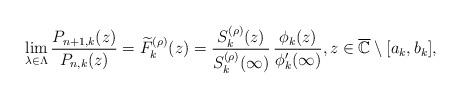
LaTeX: \begin{align*}\lim_{\lambda\in\Lambda}\frac{P_{n+1,k}(z)}{P_{n,k}(z)}=\widetilde{F}_{k}^{(\rho)}(z)=\frac{S_{k}^{(\rho)}(z)}{S_{k}^{(\rho)}(\infty)}\,\frac{\phi_{k}(z)}{\phi_{k}'(\infty)},z\in\overline{\mathbb{C}}\setminus[a_{k},b_{k}],\end{align*}